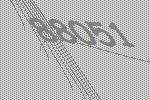
88051